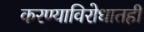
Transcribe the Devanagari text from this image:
करण्याविरोधातही